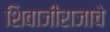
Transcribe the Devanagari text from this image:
शिवाजीराजाचे